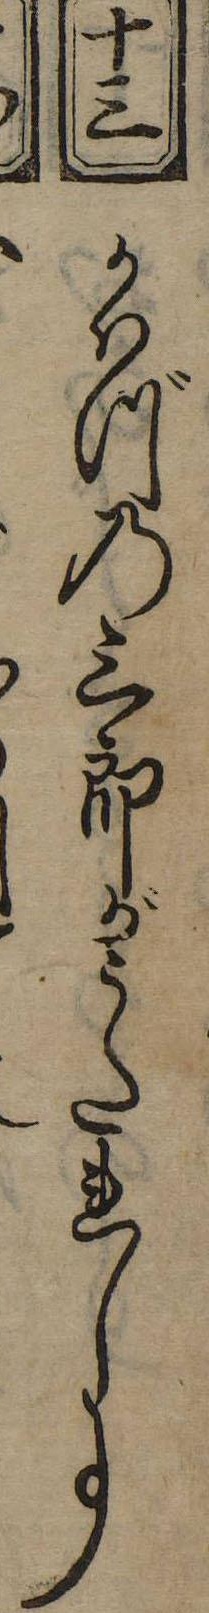
十三かはづの三郎がうたれし事